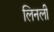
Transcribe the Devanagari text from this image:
लिनली